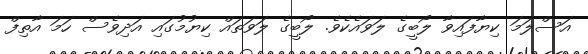
އަސްލަމަ ކިޔާފައިވާ ލޯބީގެ ލަވައެކެވެ. ލޯބީގެ ލަވަތައް ކިޔުމުގައި އަދިވެސް ހަމަ އާތިފް